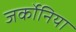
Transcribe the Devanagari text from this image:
जर्कोनिया